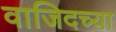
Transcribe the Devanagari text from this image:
वाजिदच्या